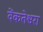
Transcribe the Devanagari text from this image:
वेंकतेश्वरा